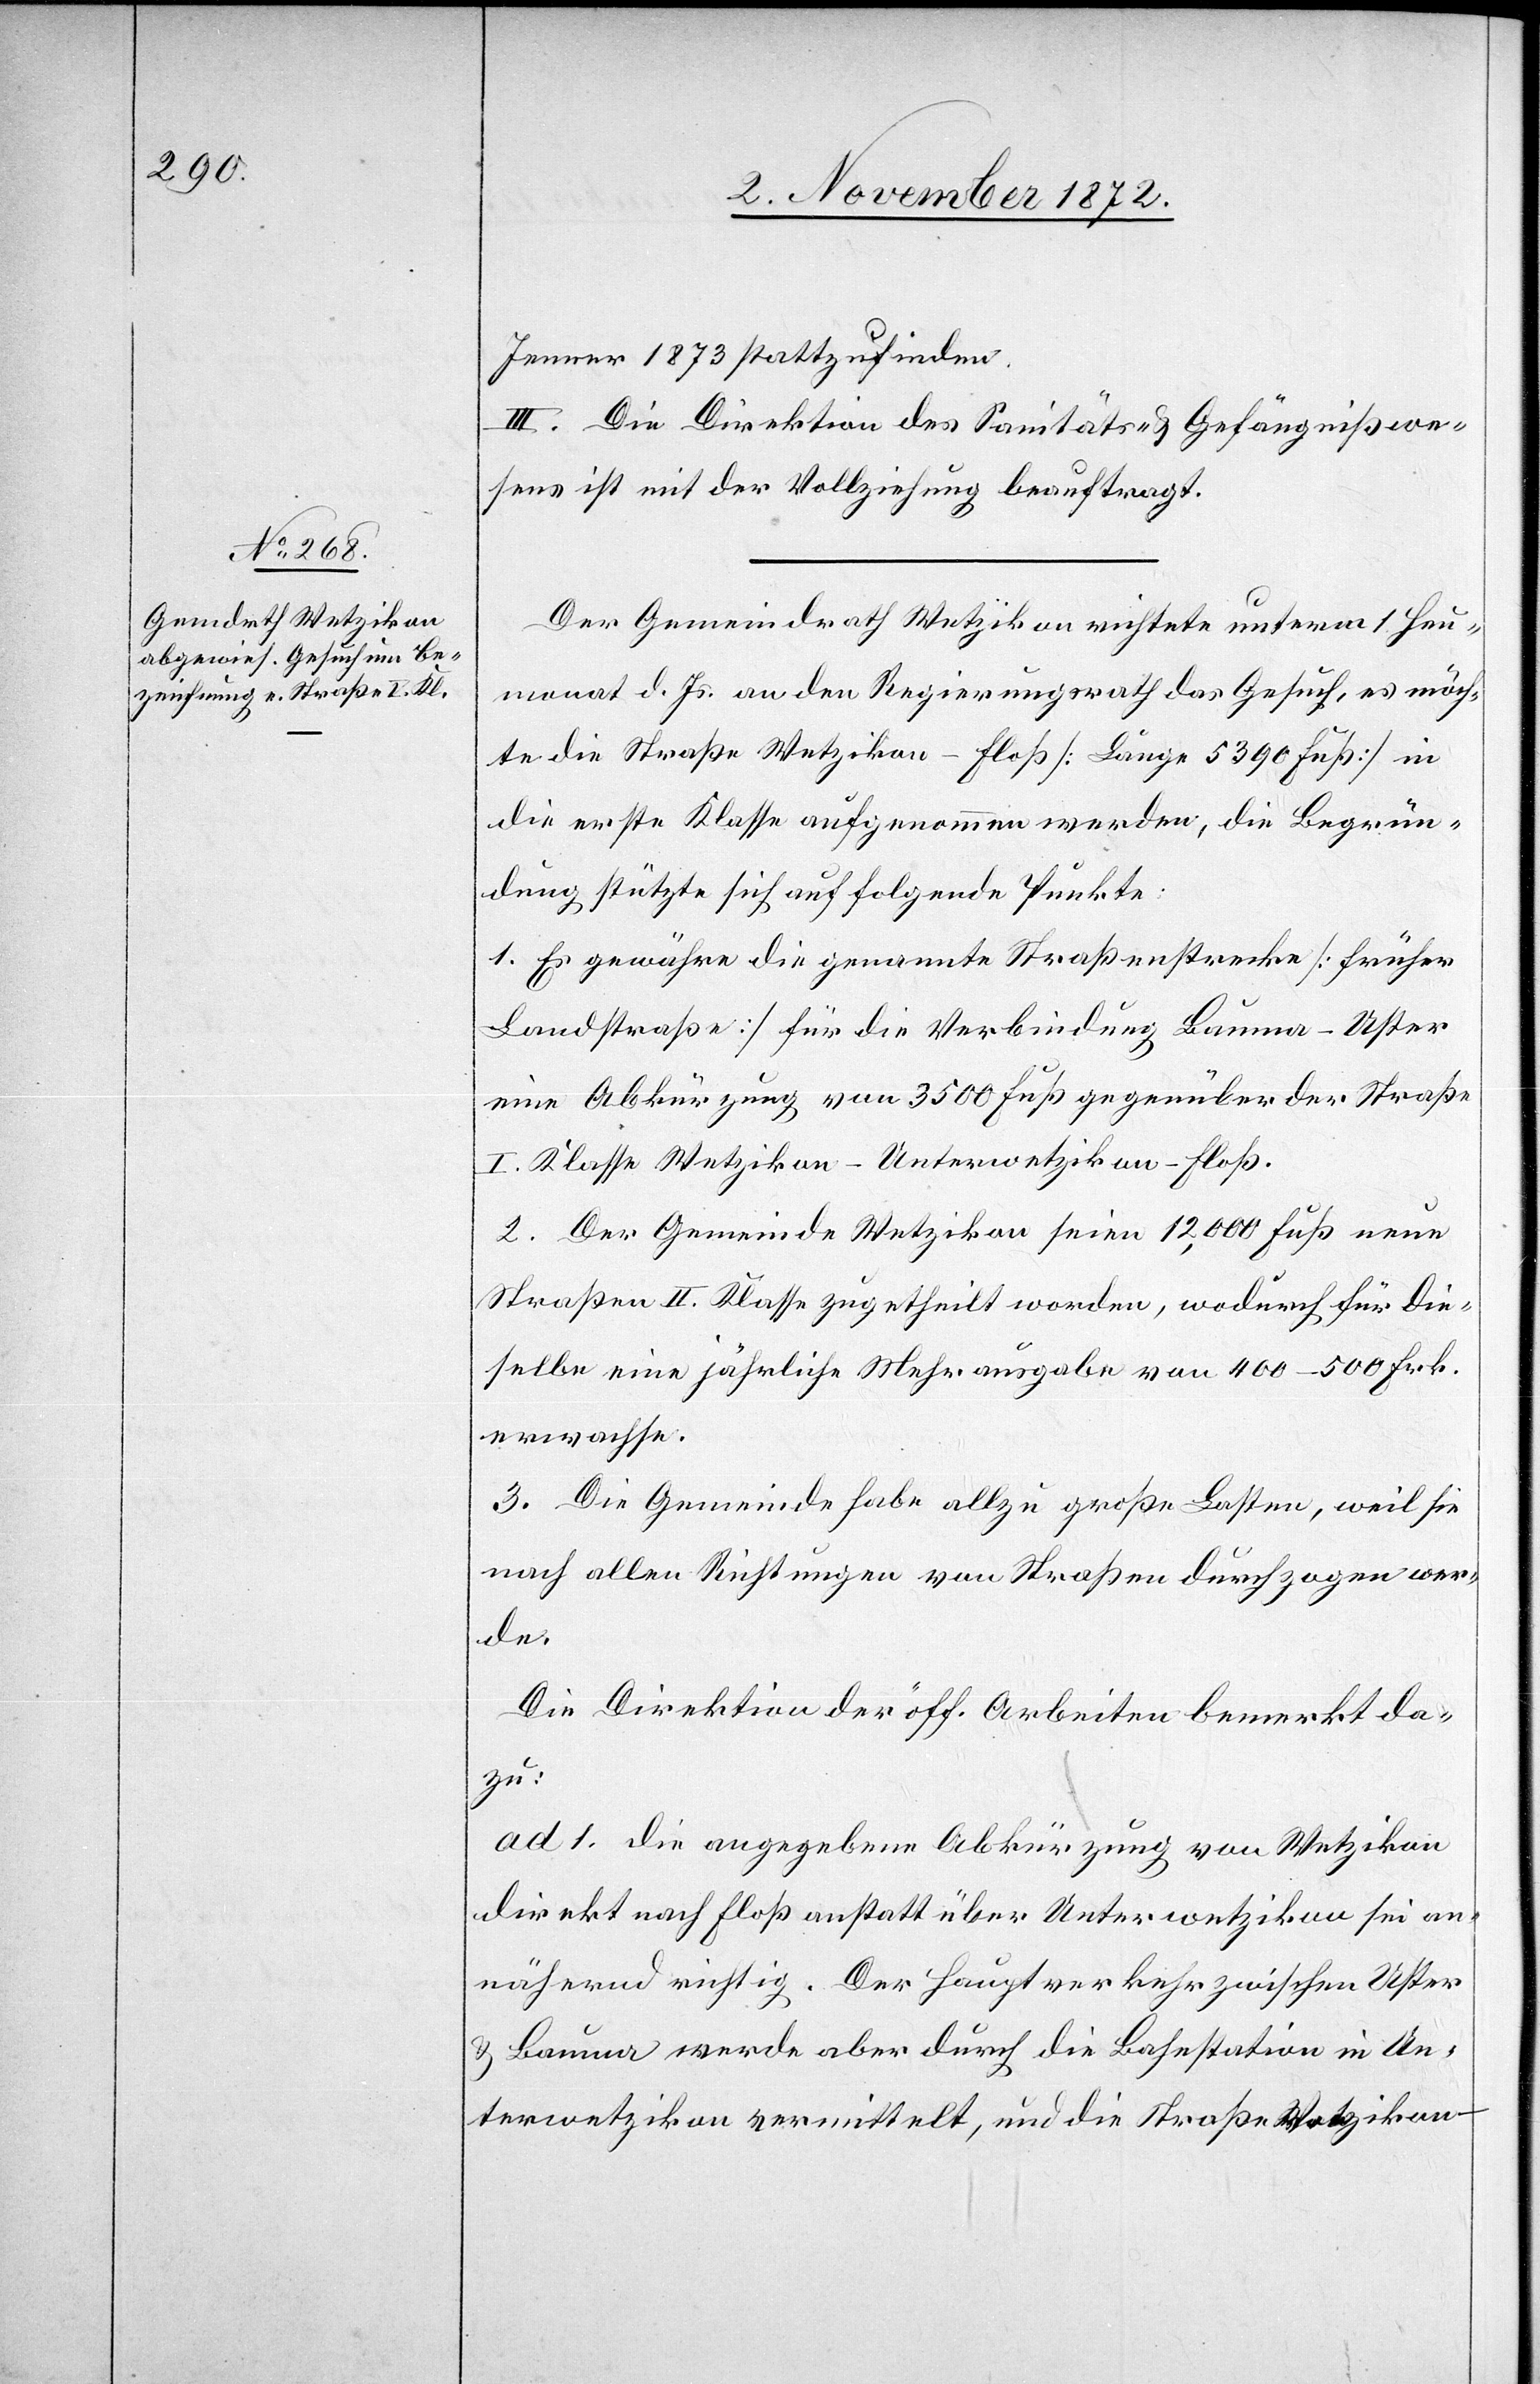
Jenner 1873 stattzufinden.
III. Die Direktion des Sanitäts- u. Gefängnißwe¬
sens ist mit der Vollziehung beauftragt.
Der Gemeindrath Wetzikon richtete unterm 1. Heu¬
monat d. Js. an den Regierungsrath das Gesuch, es möch¬
te die Straße Wetzikon–Floß [Länge 5390 Fuß] in
die erste Klasse aufgenommen werden, die Begrün¬
dung stützte sich auf folgende Punkte:
1. Es gewähre die genannte Straßenstrecke [früher
Landstraße] für die Verbindung Bauma–Uster
eine Abkürzung von 3500 Fuß gegenüber der Straße
I. Klasse Wetzikon–Unterwetzikon–Floß.
2. Der Gemeinde Wetzikon seien 12,000 Fuß neue
Straßen II. Klasse zugetheilt worden, wodurch für die¬
selbe eine jährliche Mehrausgabe von 400–500 Frk.
erwachse.
3. Die Gemeinde habe allzu große Lasten, weil sie
nach allen Richtungen von Straßen durchzogen wer¬
de.
Die Direktion der öff. Arbeiten bemerkt da¬
zu:
ad 1. die angegebene Abkürzung von Wetzikon
direkt nach Floß anstatt über Unterwetzikon sei an¬
nähernd richtig. Der Hauptverkehr zwischen Uster
u. Bauma werde aber durch die Bahnstation in Un¬
terwetzikon vermittelt, und die Straße Wetzikon–